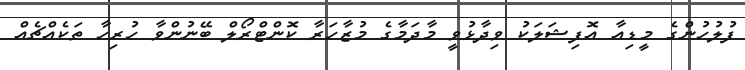
ފުލުހުންގެ މީޑިއާ އޮފިޝަލަކު ވިދާޅުވީ މާދަމާގެ މުޒާހަރާ ކޮންޓްރޯލް ބޭނުންވާ ހުރިހާ ތަކެއްޗެއް